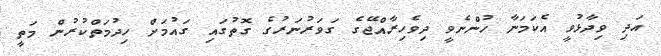
އަދި ވިދާޅުވީ އެކަމަނާ ހުންނެވީ ދިވެހިރާއްޖޭގެ ގަވަރުނަރުގެ ގޮތުގައި ގައުމަށް ހިދުމަތްކުރުން މަތީ